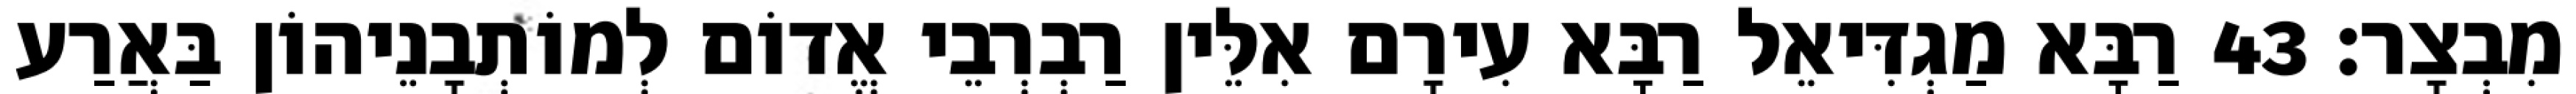
מִבְצָר׃ 43 רַבָּא מַגְדִּיאֵל רַבָּא עִירָם אִלֵּין רַבְרְבֵי אֱדוֹם לְמוֹתְבָנֵיהוֹן בַּאֲרַע